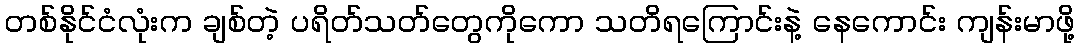
တစ်နိုင်ငံလုံးက ချစ်တဲ့ ပရိတ်သတ်တွေကိုကော သတိရကြောင်းနဲ့ နေကောင်း ကျန်းမာဖို့